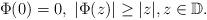
LaTeX: \begin{align*}\Phi(0)=0,\;|\Phi(z)|\ge|z|,z\in\mathbb{D}.\end{align*}